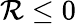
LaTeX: \mathcal{R}\le0